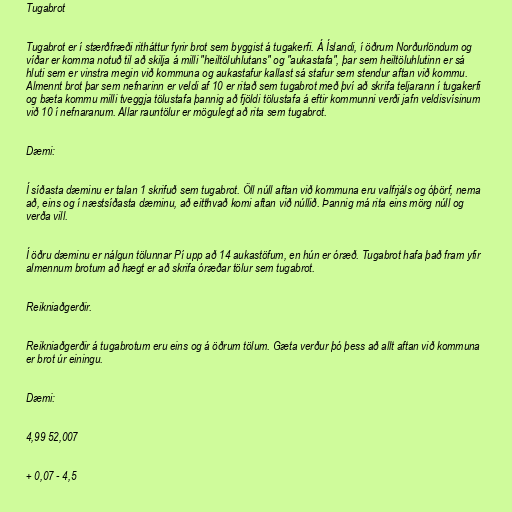
Tugabrot

Tugabrot er í stærðfræði ritháttur fyrir brot sem byggist á tugakerfi. Á Íslandi, í öðrum Norðurlöndum og
víðar er komma notuð til að skilja á milli "heiltöluhlutans" og "aukastafa", þar sem heiltöluhlutinn er sá
hluti sem er vinstra megin við kommuna og aukastafur kallast sá stafur sem stendur aftan við kommu.
Almennt brot þar sem nefnarinn er veldi af 10 er ritað sem tugabrot með því að skrifa teljarann í tugakerfi
og bæta kommu milli tveggja tölustafa þannig að fjöldi tölustafa á eftir kommunni verði jafn veldisvísinum
við 10 í nefnaranum. Allar rauntölur er mögulegt að rita sem tugabrot.

Dæmi:

Í síðasta dæminu er talan 1 skrifuð sem tugabrot. Öll núll aftan við kommuna eru valfrjáls og óþörf, nema
að, eins og í næstsíðasta dæminu, að eitthvað komi aftan við núllið. Þannig má rita eins mörg núll og
verða vill.

Í öðru dæminu er nálgun tölunnar Pí upp að 14 aukastöfum, en hún er óræð. Tugabrot hafa það fram yfir
almennum brotum að hægt er að skrifa óræðar tölur sem tugabrot.

Reikniaðgerðir.

Reikniaðgerðir á tugabrotum eru eins og á öðrum tölum. Gæta verður þó þess að allt aftan við kommuna
er brot úr einingu.

Dæmi:

4,99 52,007

+ 0,07 - 4,5